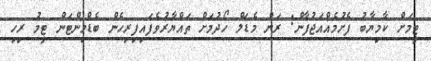
ޓީމަށް ކާމިޔާބު ފެށުމެެއްއަޖުފާން: ރަން މެޑަލް ހޯދުމަށް ތައްޔާރުވެފައިފިރިހެން ބެޑްމިންޓަން ޓީމު ރިހި